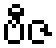
ဗီဇ